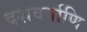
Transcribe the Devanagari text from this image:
दशवर्षाणि